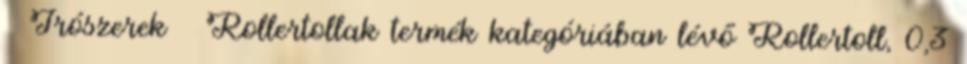
Írószerek Rollertollak termék kategóriában lévő Rollertoll, 0,3